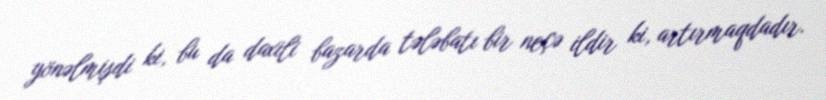
yönəlmişdi ki, bu da daxili bazarda tələbatı bir neçə ildir ki, artırmaqdadır.